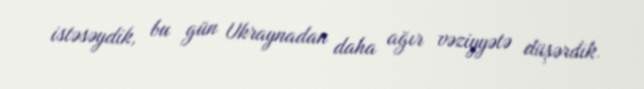
istəsəydik, bu gün Ukraynadan daha ağır vəziyyətə düşərdik.